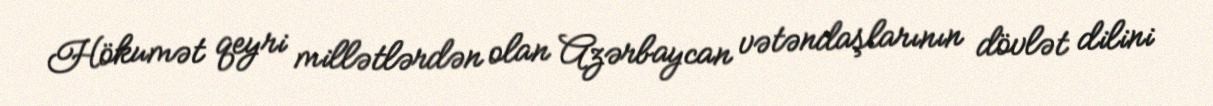
Hökumət qeyri millətlərdən olan Azərbaycan vətəndaşlarının dövlət dilini